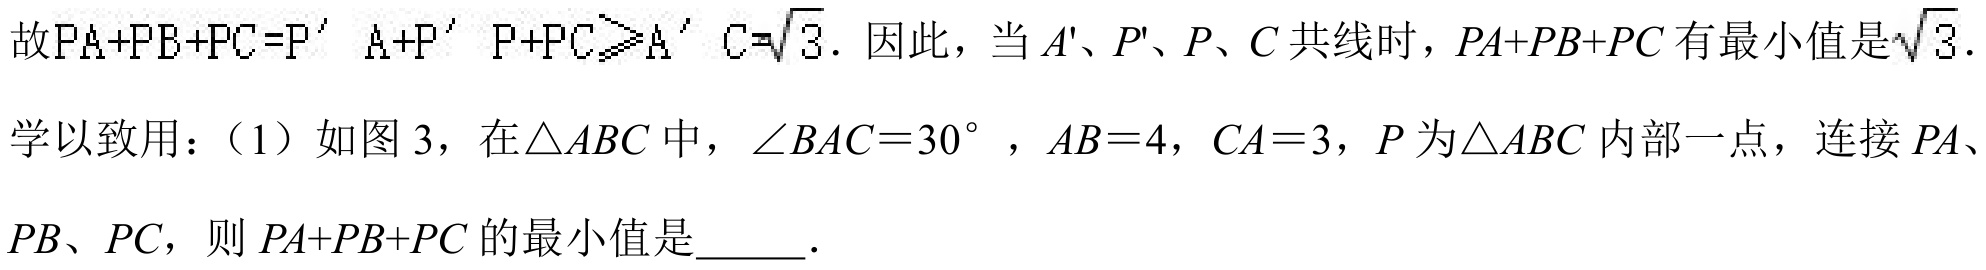
故\(PA + PB + PC = P^{\prime}A+P^{\prime}P + PC\geqslant A^{\prime}C=\sqrt{3}\). 因此，当\(A'\)、\(P'\)、\(P\)、\(C\)共线时，\(PA + PB + PC\)有最小值是\(\sqrt{3}\).
学以致用：（1）如图 3，在\(\triangle ABC\)中，\(\angle BAC = 30^{\circ}\)，\(AB = 4\)，\(CA = 3\)，\(P\)为\(\triangle ABC\)内部一点，连接\(PA\)、\(PB\)、\(PC\)，则\(PA + PB + PC\)的最小值是\(\underline{\quad\quad}\).